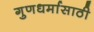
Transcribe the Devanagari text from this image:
गुणधर्मासाठी